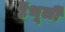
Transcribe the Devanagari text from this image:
टेंभूर्ली